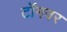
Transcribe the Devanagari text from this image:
टॉमवर